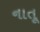
નાતૂ